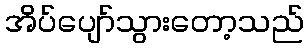
အိပ်ပျော်သွားတော့သည်